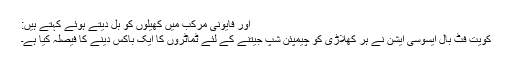
اور فایونی مرکب میں کھیلوں کو بَل دیتے ہوئے کہتے ہیں:
کویت فٹ بال ایسوسی ایشن نے ہر کھلاڑی کو چیمپئن شپ جیتنے کے لئے ٹماٹروں کا ایک باکس دینے کا فیصلہ کیا ہے۔